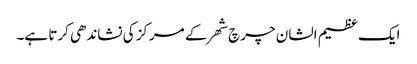
ایک عظیم الشان چرچ شھر کے مرکز کی نشاندھی کرتا ہے۔